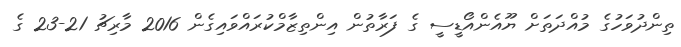
ތިންދުވަހުގެ މުއްދަތަށް ޔޫއެންއޯޑީސީ ގެ ފަރާތުން އިންތިޒާމްކުރައްވައިގެން 2016 މާރިޗު 21-23 ގެ